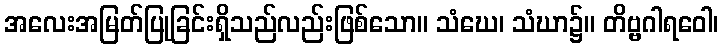
အလေးအမြတ်ပြုခြင်းရှိသည်လည်းဖြစ်သော။ သံဃေ၊ သံဃာ၌။ တိဗ္ဗဂါရဝေါ၊